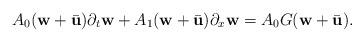
LaTeX: \begin{align*}A_{0}(\textbf{w}+\bar{\textbf{u}})\partial_{t}\textbf{w} + A_{1}(\textbf{w}+\bar{\textbf{u}})\partial_{x}\textbf{w}=A_{0}{G}(\textbf{w}+\bar{\textbf{u}}).\end{align*}